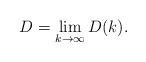
LaTeX: \begin{align*}D=\lim_{k\to\infty} D(k).\end{align*}